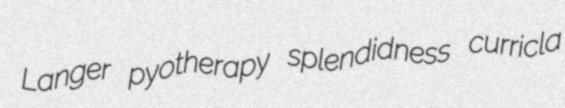
Langer pyotherapy splendidness curricla